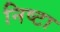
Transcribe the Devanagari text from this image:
निष्टा